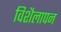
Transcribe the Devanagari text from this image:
विशैलापन